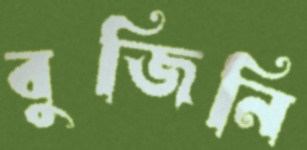
বুজিনি